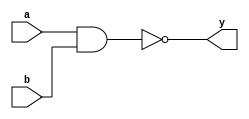
module nand_gate(
  input a,b,
  output y);
  
  assign y=~(a&b);
  
endmodule